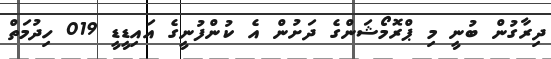
ދިރާގުން ބުނީ މި ޕްރޮމޯޝަންގެ ދަށުން އެ ކުންފުނީގެ އައިޑީޑީ 019 ހިދުމަތް